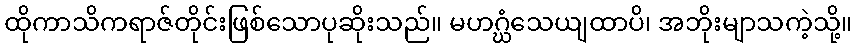
ထိုကာသိကရာဇ်တိုင်းဖြစ်သောပုဆိုးသည်။ မဟဂ္ဃံသေယျထာပိ၊ အဘိုးမျာသကဲ့သို့။